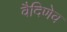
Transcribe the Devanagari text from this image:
वैदिणेव